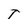
Character: T